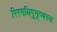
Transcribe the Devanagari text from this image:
रिरमयिषुमृष्यस्य